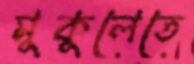
মুকুলেতে